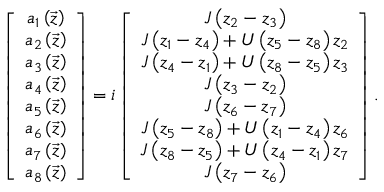
\left[ \begin{array} { c } { a _ { 1 } \left( \vec { z } \right) } \\ { a _ { 2 } \left( \vec { z } \right) } \\ { a _ { 3 } \left( \vec { z } \right) } \\ { a _ { 4 } \left( \vec { z } \right) } \\ { a _ { 5 } \left( \vec { z } \right) } \\ { a _ { 6 } \left( \vec { z } \right) } \\ { a _ { 7 } \left( \vec { z } \right) } \\ { a _ { 8 } \left( \vec { z } \right) } \end{array} \right] = i \left[ \begin{array} { c } { J \left( z _ { 2 } - z _ { 3 } \right) } \\ { J \left( z _ { 1 } - z _ { 4 } \right) + U \left( z _ { 5 } - z _ { 8 } \right) z _ { 2 } } \\ { J \left( z _ { 4 } - z _ { 1 } \right) + U \left( z _ { 8 } - z _ { 5 } \right) z _ { 3 } } \\ { J \left( z _ { 3 } - z _ { 2 } \right) } \\ { J \left( z _ { 6 } - z _ { 7 } \right) } \\ { J \left( z _ { 5 } - z _ { 8 } \right) + U \left( z _ { 1 } - z _ { 4 } \right) z _ { 6 } } \\ { J \left( z _ { 8 } - z _ { 5 } \right) + U \left( z _ { 4 } - z _ { 1 } \right) z _ { 7 } } \\ { J \left( z _ { 7 } - z _ { 6 } \right) } \end{array} \right] .